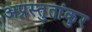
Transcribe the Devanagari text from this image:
अप्रस्तुतांकुर